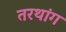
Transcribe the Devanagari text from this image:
तरथांग